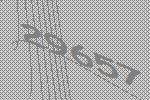
29657